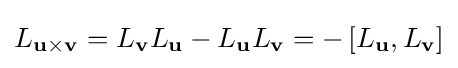
L_{\mathbf {u} \times \mathbf {v} }=L_{\mathbf {v} }L_{\mathbf {u} }-L_{\mathbf {u} }L_{\mathbf {v} }=-\left[L_{\mathbf {u} },L_{\mathbf {v} }\right]